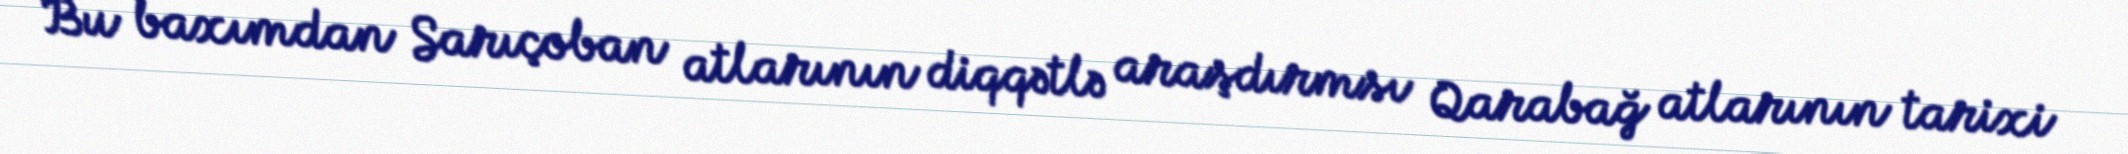
Bu baxımdan Sarıçoban atlarının diqqətlə araşdırmsı Qarabağ atlarının tarixi